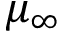
\mu _ { \infty }